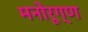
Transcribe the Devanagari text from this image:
मनोरूग्ण